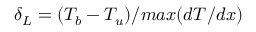
\delta _ { L } = ( T _ { b } - T _ { u } ) / m a x ( d T / d x )